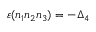
\varepsilon ( n _ { 1 } n _ { 2 } n _ { 3 } ) = - \Delta _ { 4 }